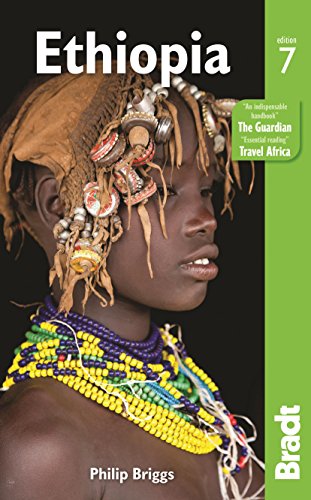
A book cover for Ethiopia (Bradt Travel Guide); Philip Briggs; Travel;